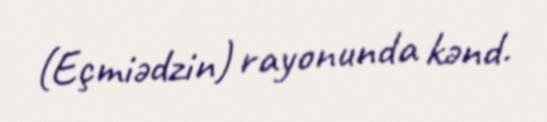
(Eçmiədzin) rayonunda kənd.